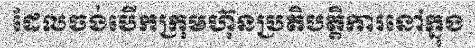
ដែលចង់បើកក្រុមហ៊ុនប្រតិបត្តិការនៅក្នុង